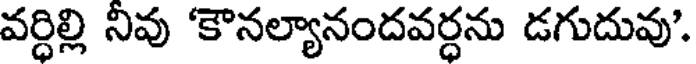
వర్ధిల్లి నివు 'కౌనల్యానందవర్ధను డగుదువు'.